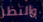
والنظر